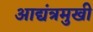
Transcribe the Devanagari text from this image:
आद्यंत्रमुखी